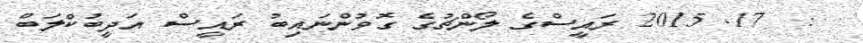
:  17